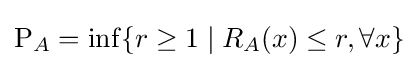
\mathrm {P} _{A}=\inf\{r\geq 1\mid R_{A}(x)\leq r,\forall x\}